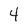
Character: 4